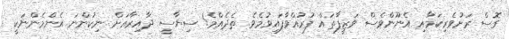
ގޮސް ރަށުވެރިކަމާއި އެނޫންވެސް ވަޒީފާތައް ފުރުއްވާފައިވުމެވެ. ތެދެއްމެ! ސިޔާސީ ދާއިރާއަށް ނިކުންނަ އެންމެންނަކީ